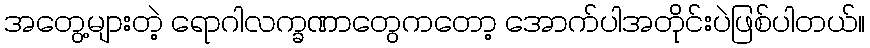
အတွေ့များတဲ့ ရောဂါလက္ခဏာတွေကတော့ အောက်ပါအတိုင်းပဲဖြစ်ပါတယ်။